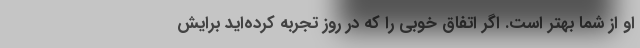
او از شما بهتر است. اگر اتفاق خوبی را که در روز تجربه کرده‌اید برایش